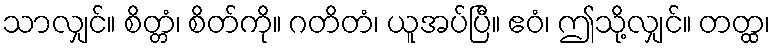
သာလျှင်။ စိတ္တံ၊ စိတ်ကို။ ဂတိတံ၊ ယူအပ်ပြီ။ ဧဝံ၊ ဤသို့လျှင်။ တတ္ထ၊